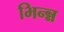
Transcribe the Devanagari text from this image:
भिन्न्न